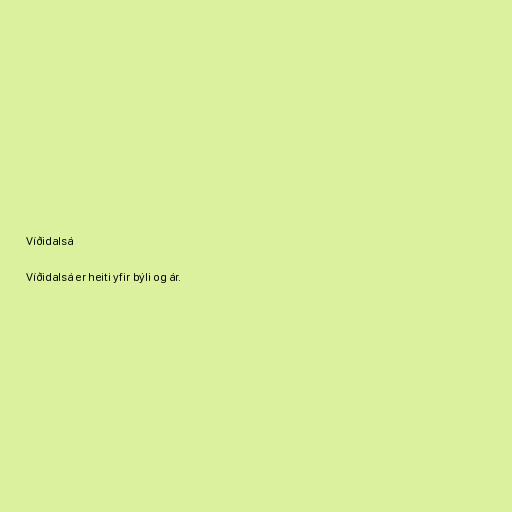
Víðidalsá

Víðidalsá er heiti yfir býli og ár.